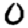
Digit: 0